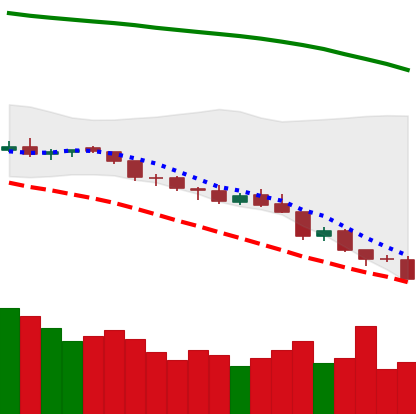
Ticker: NEO-USD
Chart end date: 2018-08-13
Forward return: 17.887%
Label: up_7plus